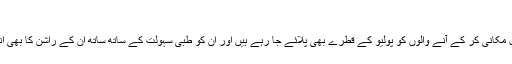
‘‘
ان کا کہنا تھا کہ نقل مکانی کر کے آنے والوں کو پولیو کے قطرے بھی پلائے جا رہے ہیں اور ان کو طبی سہولت کے ساتھ ساتھ ان کے راشن کا بھی انتظام کیا جا رہا ہے۔